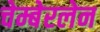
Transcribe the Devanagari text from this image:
चेम्बेरलेन